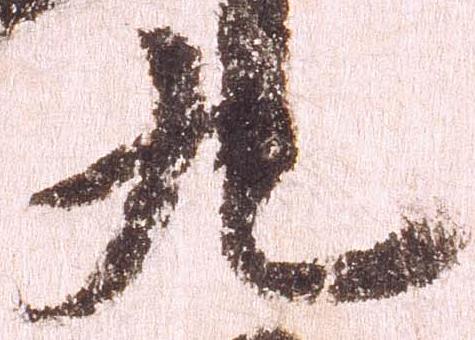
九